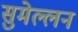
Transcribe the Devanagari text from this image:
सुमेल्लन